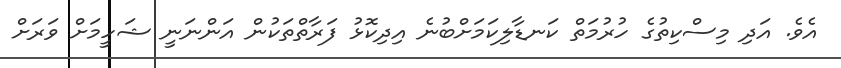
އެވެ. އަދި މިސްކިތުގެ ހުރުމަތް ކަނޑާލިކަމަށްބުނެ އިދިކޮޅު ފަރާތްތަކުން އަންނަނީ ޝަހީމަށް ވަރަށް